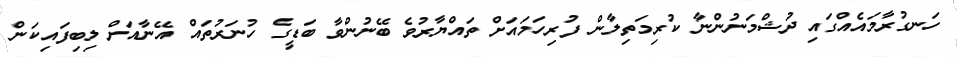
ހަނގުރާމައެއްގައި ދުޝްމަނުންނާ ކުރިމަތިލާން ފުރިހަމައަށް ތައްޔާރުވެ ބޭނުންވާ ބަޑީގެ ހުނަރުތައް އޭނާއަށް ލިބިފައިކަން